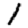
Digit: 1